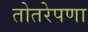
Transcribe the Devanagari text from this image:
तोतरेपणा